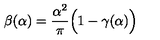
\beta ( \alpha ) = \frac { \alpha ^ { 2 } } { \pi } \Big ( 1 - \gamma ( \alpha ) \Big )